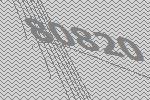
80820